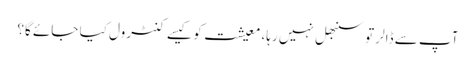
آپ سے ڈالر تو سنبھل نہیں رہا، معیشت کو کیسے کنٹرول کیا جائے گا؟